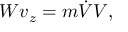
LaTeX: W v _ { z } = m { \dot { V } } V ,